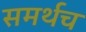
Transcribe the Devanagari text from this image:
समर्थच